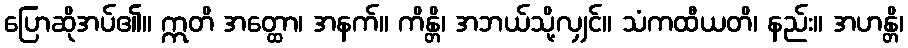
ပြောဆိုအပ်၏။ ဣတိ အတ္ထော၊ အနက်။ ကိန္တိ၊ အဘယ်သို့လျှင်။ သံကထီယတိ၊ နည်း။ အဟန္တိ၊